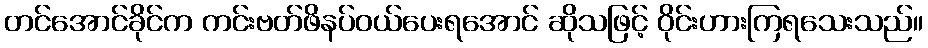
တင်အောင်ခိုင်က ကင်းဗတ်ဖိနပ်ဝယ်ပေးရအောင် ဆိုသဖြင့် ဝိုင်းဟားကြရသေးသည်။